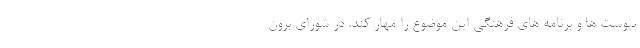
پیوست ها و برنامه های فرهنگی این موضوع را مهار کند. در شورای برون